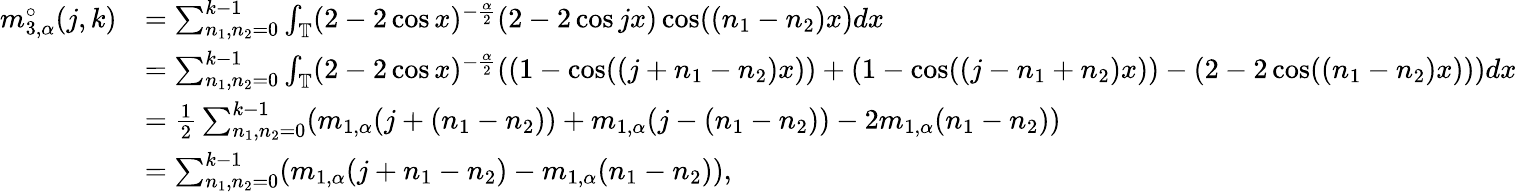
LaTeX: \begin{array}{rl}{m_{3,\alpha}^{\circ}(j,k)}&{=\sum_{n_{1},n_{2}=0}^{k-1}\int_{\mathbb{T}}(2-2\cos x)^{-\frac{\alpha}2}(2-2\cos jx)\cos((n_{1}-n_{2})x)dx}\\ &{=\sum_{n_{1},n_{2}=0}^{k-1}\int_{\mathbb{T}}(2-2\cos x)^{-\frac{\alpha}2}((1-\cos((j+n_{1}-n_{2})x))+(1-\cos((j-n_{1}+n_{2})x))-(2-2\cos((n_{1}-n_{2})x)))dx}\\ &{=\frac{1}{2}\sum_{n_{1},n_{2}=0}^{k-1}(m_{1,\alpha}(j+(n_{1}-n_{2}))+m_{1,\alpha}(j-(n_{1}-n_{2}))-2m_{1,\alpha}(n_{1}-n_{2}))}\\ &{=\sum_{n_{1},n_{2}=0}^{k-1}(m_{1,\alpha}(j+n_{1}-n_{2})-m_{1,\alpha}(n_{1}-n_{2})),}\end{array}